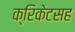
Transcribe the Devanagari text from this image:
क्रिकेटसह